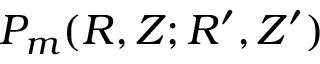
P _ { m } ( R , Z ; R ^ { \prime } , Z ^ { \prime } )